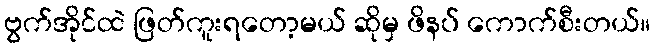
ဗွက်အိုင်ထဲ ဖြတ်ကူးရတော့မယ် ဆိုမှ ဖိနပ် ကောက်စီးတယ်။